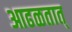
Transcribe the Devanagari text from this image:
आढळतात्